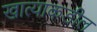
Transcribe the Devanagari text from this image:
खात्याकडील